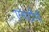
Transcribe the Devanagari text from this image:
एनाटौमी